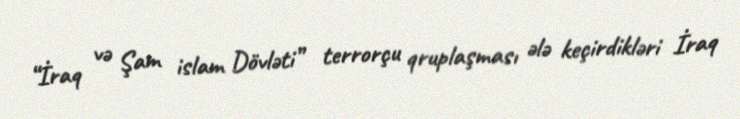
“İraq və Şam islam Dövləti” terrorçu qruplaşması ələ keçirdikləri İraq